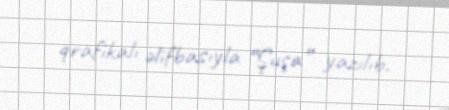
qrafikalı əlifbasıyla “Şuşa” yazılıb.